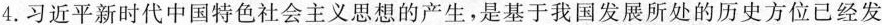
4.习近平新时代中国特色社会主义思想的产生，是基于我国发展所处的历史方位已经发